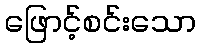
ဖြောင့်စင်းသော